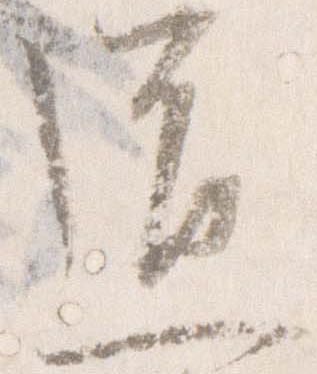
道